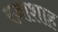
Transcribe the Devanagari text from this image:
रज़ाशाह